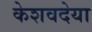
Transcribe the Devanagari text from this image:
केशवदेया